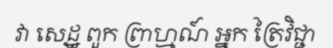
វា សេដ្ឋ ពួក ព្រាហ្មណ៍ អ្នក ត្រៃវិជ្ជា